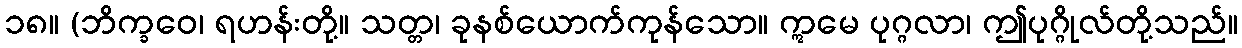
၁၈။ (ဘိက္ခဝေ၊ ရဟန်းတို့။ သတ္တ၊ ခုနစ်ယောက်ကုန်သော။ ဣမေ ပုဂ္ဂလာ၊ ဤပုဂ္ဂိုလ်တို့သည်။